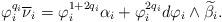
LaTeX: \begin{align*}\varphi _{i}^{q_{i}}\overline{\nu }_{i}=\varphi _{i}^{1+2q_{i}}\alpha_{i}+\varphi _{i}^{2q_{i}}d\varphi _{i}\wedge \widetilde{\beta }_{i}.\end{align*}